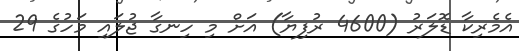
އެމެރިކާ ޑޮލަރު (4600 ރުފިޔާ) އަށް މި ހިނގާ ޖުލައި މަހުގެ 29